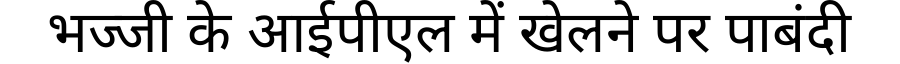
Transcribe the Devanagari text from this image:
भज्जी के आईपीएल में खेलने पर पाबंदी